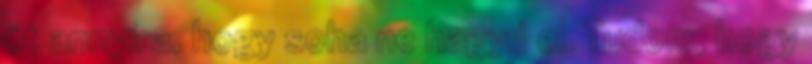
őt annyira, hogy soha ne hagyd el. Tudom, hogy